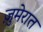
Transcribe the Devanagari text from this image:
ज़ुमेरात